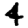
Digit: 4